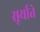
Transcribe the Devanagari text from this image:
सूर्याते